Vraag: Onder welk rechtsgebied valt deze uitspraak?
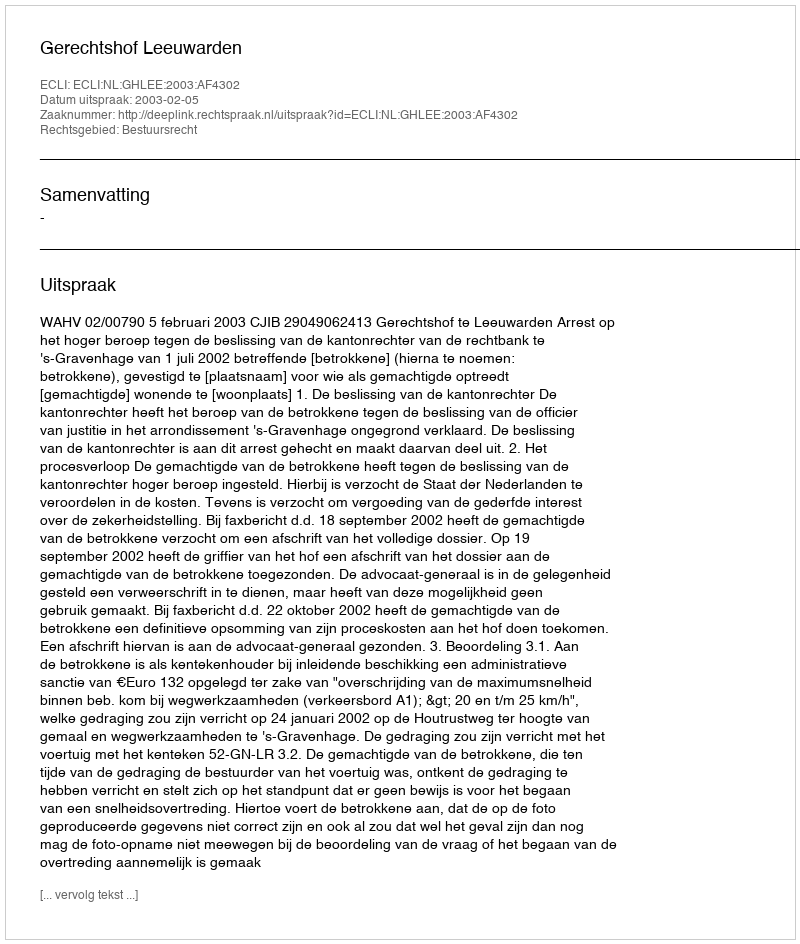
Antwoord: Bestuursrecht